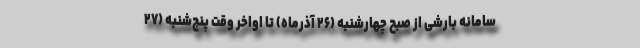
سامانه بارشی از صبح چهارشنبه (۲۶ آذرماه)‌ تا اواخر وقت پنج‌شنبه (۲۷